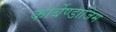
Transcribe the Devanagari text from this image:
कार्बेण्डाजिम